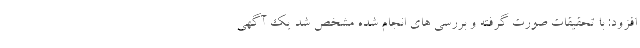
افزود: با تحقیقات صورت گرفته و بررسی های انجام شده مشخص شد یک آگهی